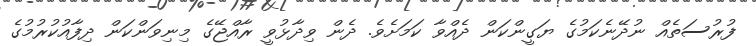
ފުރުސަތެއް ނުދޭނެކަމުގެ ޔަގީންކަން ދެއްވާ ކަމަށެވެ. ދެން ވިދާޅުވީ ރާއްޖޭގެ މިނިވަންކަން ދިފާއުކުރުމުގެ